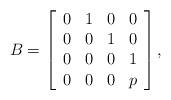
LaTeX: \begin{align*} B=\left[ \begin{array}{cccc} 0 &1 &0 &0\\0 &0 &1 &0\\0 &0 &0 &1\\0 &0 &0 &p\\\end{array} \right],\end{align*}